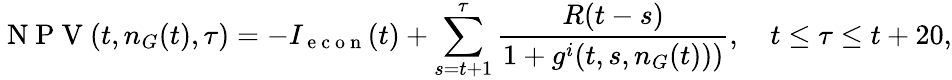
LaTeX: \mathrm{~N~P~V~}(t,n_{G}(t),\tau)=-I_{\mathrm{~e~c~o~n~}}(t)+\sum_{s=t+1}^{\tau}\frac{R(t-s)}{1+g^{i}(t,s,n_{G}(t)))},\quad t\leq\tau\leq t+20,